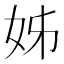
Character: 姊